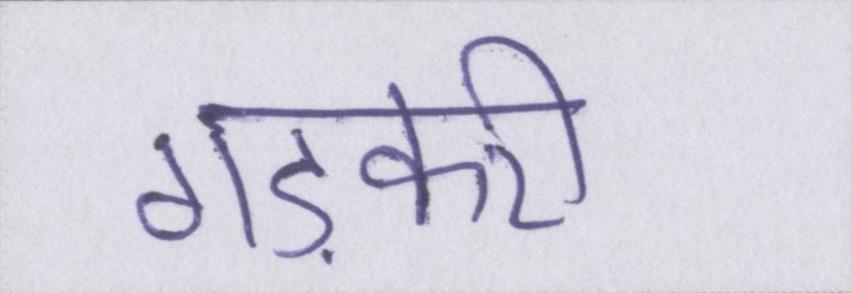
गड़करी